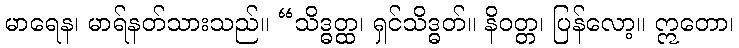
မာရေန၊ မာရ်နတ်သားသည်။ “သိဒ္ဓတ္ထ၊ ရှင်သိဒ္ဓတ်။ နိဝတ္တ၊ ပြန်လော့။ ဣတော၊